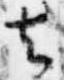
去